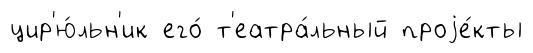
цир'ю́льн'ик его́ т'еатра́льный проjе́кты